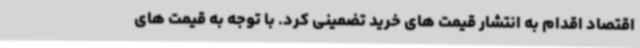
اقتصاد اقدام به انتشار قیمت های خرید تضمینی کرد. با توجه به قیمت های